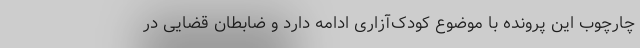
چارچوب این پرونده با موضوع کودک‌آزاری ادامه دارد و ضابطان قضایی در